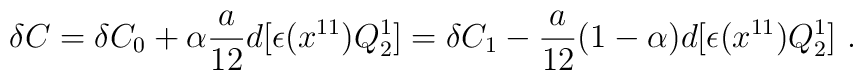
\delta C = \delta C_0 + \alpha {a \over 12} d [\epsilon (x^{11}) Q_2^1 ]= \delta C_1 - {a \over 12} (1-\alpha) d [\epsilon (x^{11}) Q_2^1 ] \ .